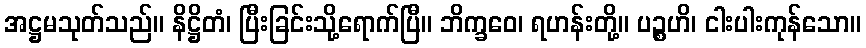
အဋ္ဌမသုတ်သည်။ နိဋ္ဌိတံ၊ ပြီးခြင်းသို့ရောက်ပြီ။ ဘိက္ခဝေ၊ ရဟန်းတို့။ ပဉ္စဟိ၊ ငါးပါးကုန်သော။